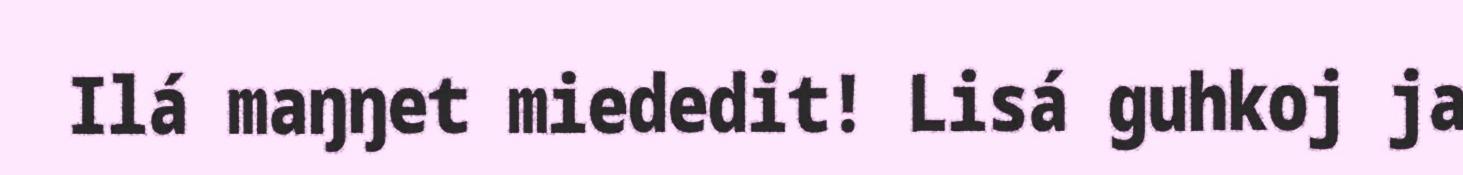
Ilá maŋŋet miededit! Lisá guhkoj ja